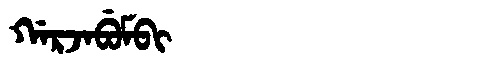
Manchu: ᡤᠠᡵᠵᠠᠪᡠᠮᠪᡳ
Romanization: GARJABUMBI